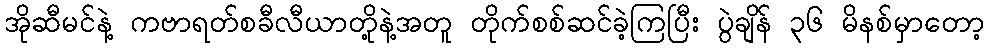
အိုဆီမင်နဲ့ ကဗာရတ်စခီလီယာတို့နဲ့အတူ တိုက်စစ်ဆင်ခဲ့ကြပြီး ပွဲချိန် ၃၆ မိနစ်မှာတော့